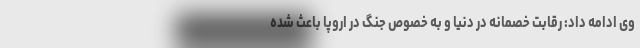
وی ادامه داد: رقابت خصمانه در دنیا و به خصوص جنگ در اروپا باعث شده